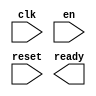
module request_ctrl
(
input 				  		 clk,
input 				  		 en,
input                    reset,
output                   ready
);

endmodule